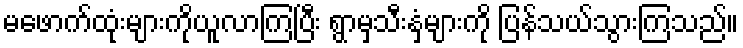
မဖောက်ထုံးများကိုယူလာကြပြီး ရွာမှသီးနှံများကို ပြန်သယ်သွားကြသည်။